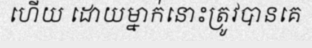
ហើយ ដោយម្នាក់នោះត្រូវបានគេ